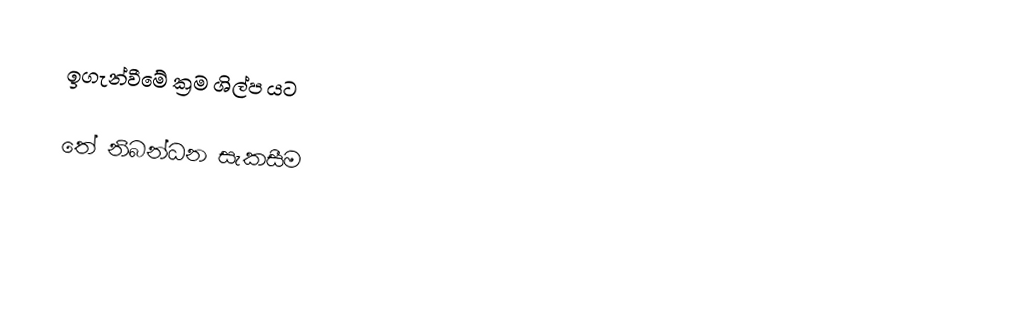
ඉගැන්වීමේ ක්‍රම ශිල්ප යට

තේ නිබන්ධන සැකසීම